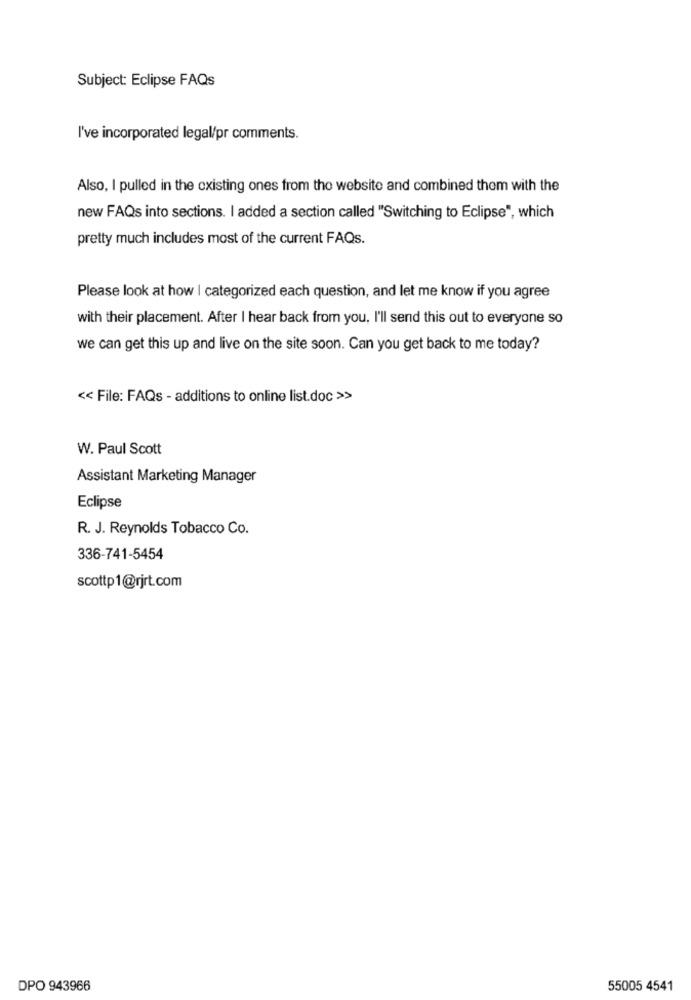
Subject: Eclipse FAQs
I've incorporated legal/pr comments.
Also, I pulled in the existing ones from the website and combined them with the
new FAQs into sections. I added a section called "Switching to Eclipse", which
pretty much includes most of the current FAQs.
Please look at how | categorized each question, and let me know if you agree
with their placement. After I hear back from you. I'll send this out to everyone so
we can get this up and live on the site soon. Can you get back to me today?
<< File: FAQs - additions to online list.doc >>
W. Paul Scott
Assistant Marketing Manager
Eclipse
R. J. Reynolds Tobacco Co.
336-741-5454
scottp1@rjrt.com
DPO 943966
55005 4541